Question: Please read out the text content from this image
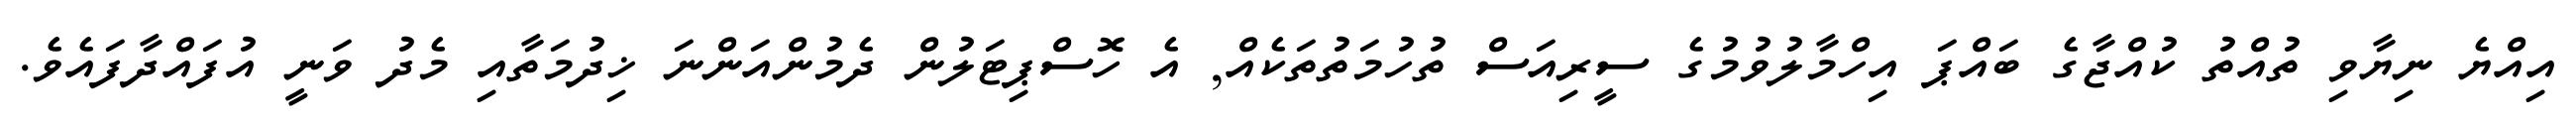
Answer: އިއްޔެ ނިޔާވި ތުއްތު ކުއްޖާގެ ބައްޕަ އިހްމާލުވުމުގެ ސީރިއަސް ތުހުމަތުތަކެއް, އެ ހޮސްޕިޓަލުން ދެމުންއަންނަ ޚިދުމަތާއި މެދު ވަނީ އުފައްދާފައެވެ.